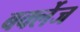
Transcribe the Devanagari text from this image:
बर्क्लेज